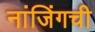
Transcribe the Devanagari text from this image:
नांजिंगची